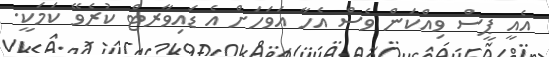
އެއީ ޕީސް ވިއްކަން ވެސް އެހާ އަވަހަށް އެ ޑައިވާރޓް ކުރެވޭ ކަމަކީ.